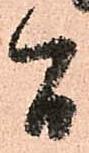
間